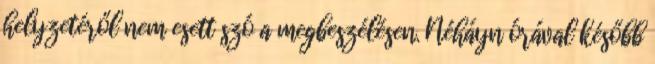
helyzetéről nem esett szó a megbeszélésen. Néháyn órával később